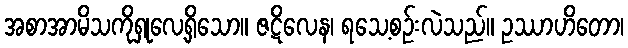
အစာအာမိသကိုရှုလေ့ရှိသော။ ဇဋိလေန၊ ရသေ့စဉ်းလဲသည်။ ဥဿာဟိတော၊